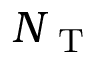
N _ { \mathrm { ~ T ~ } }